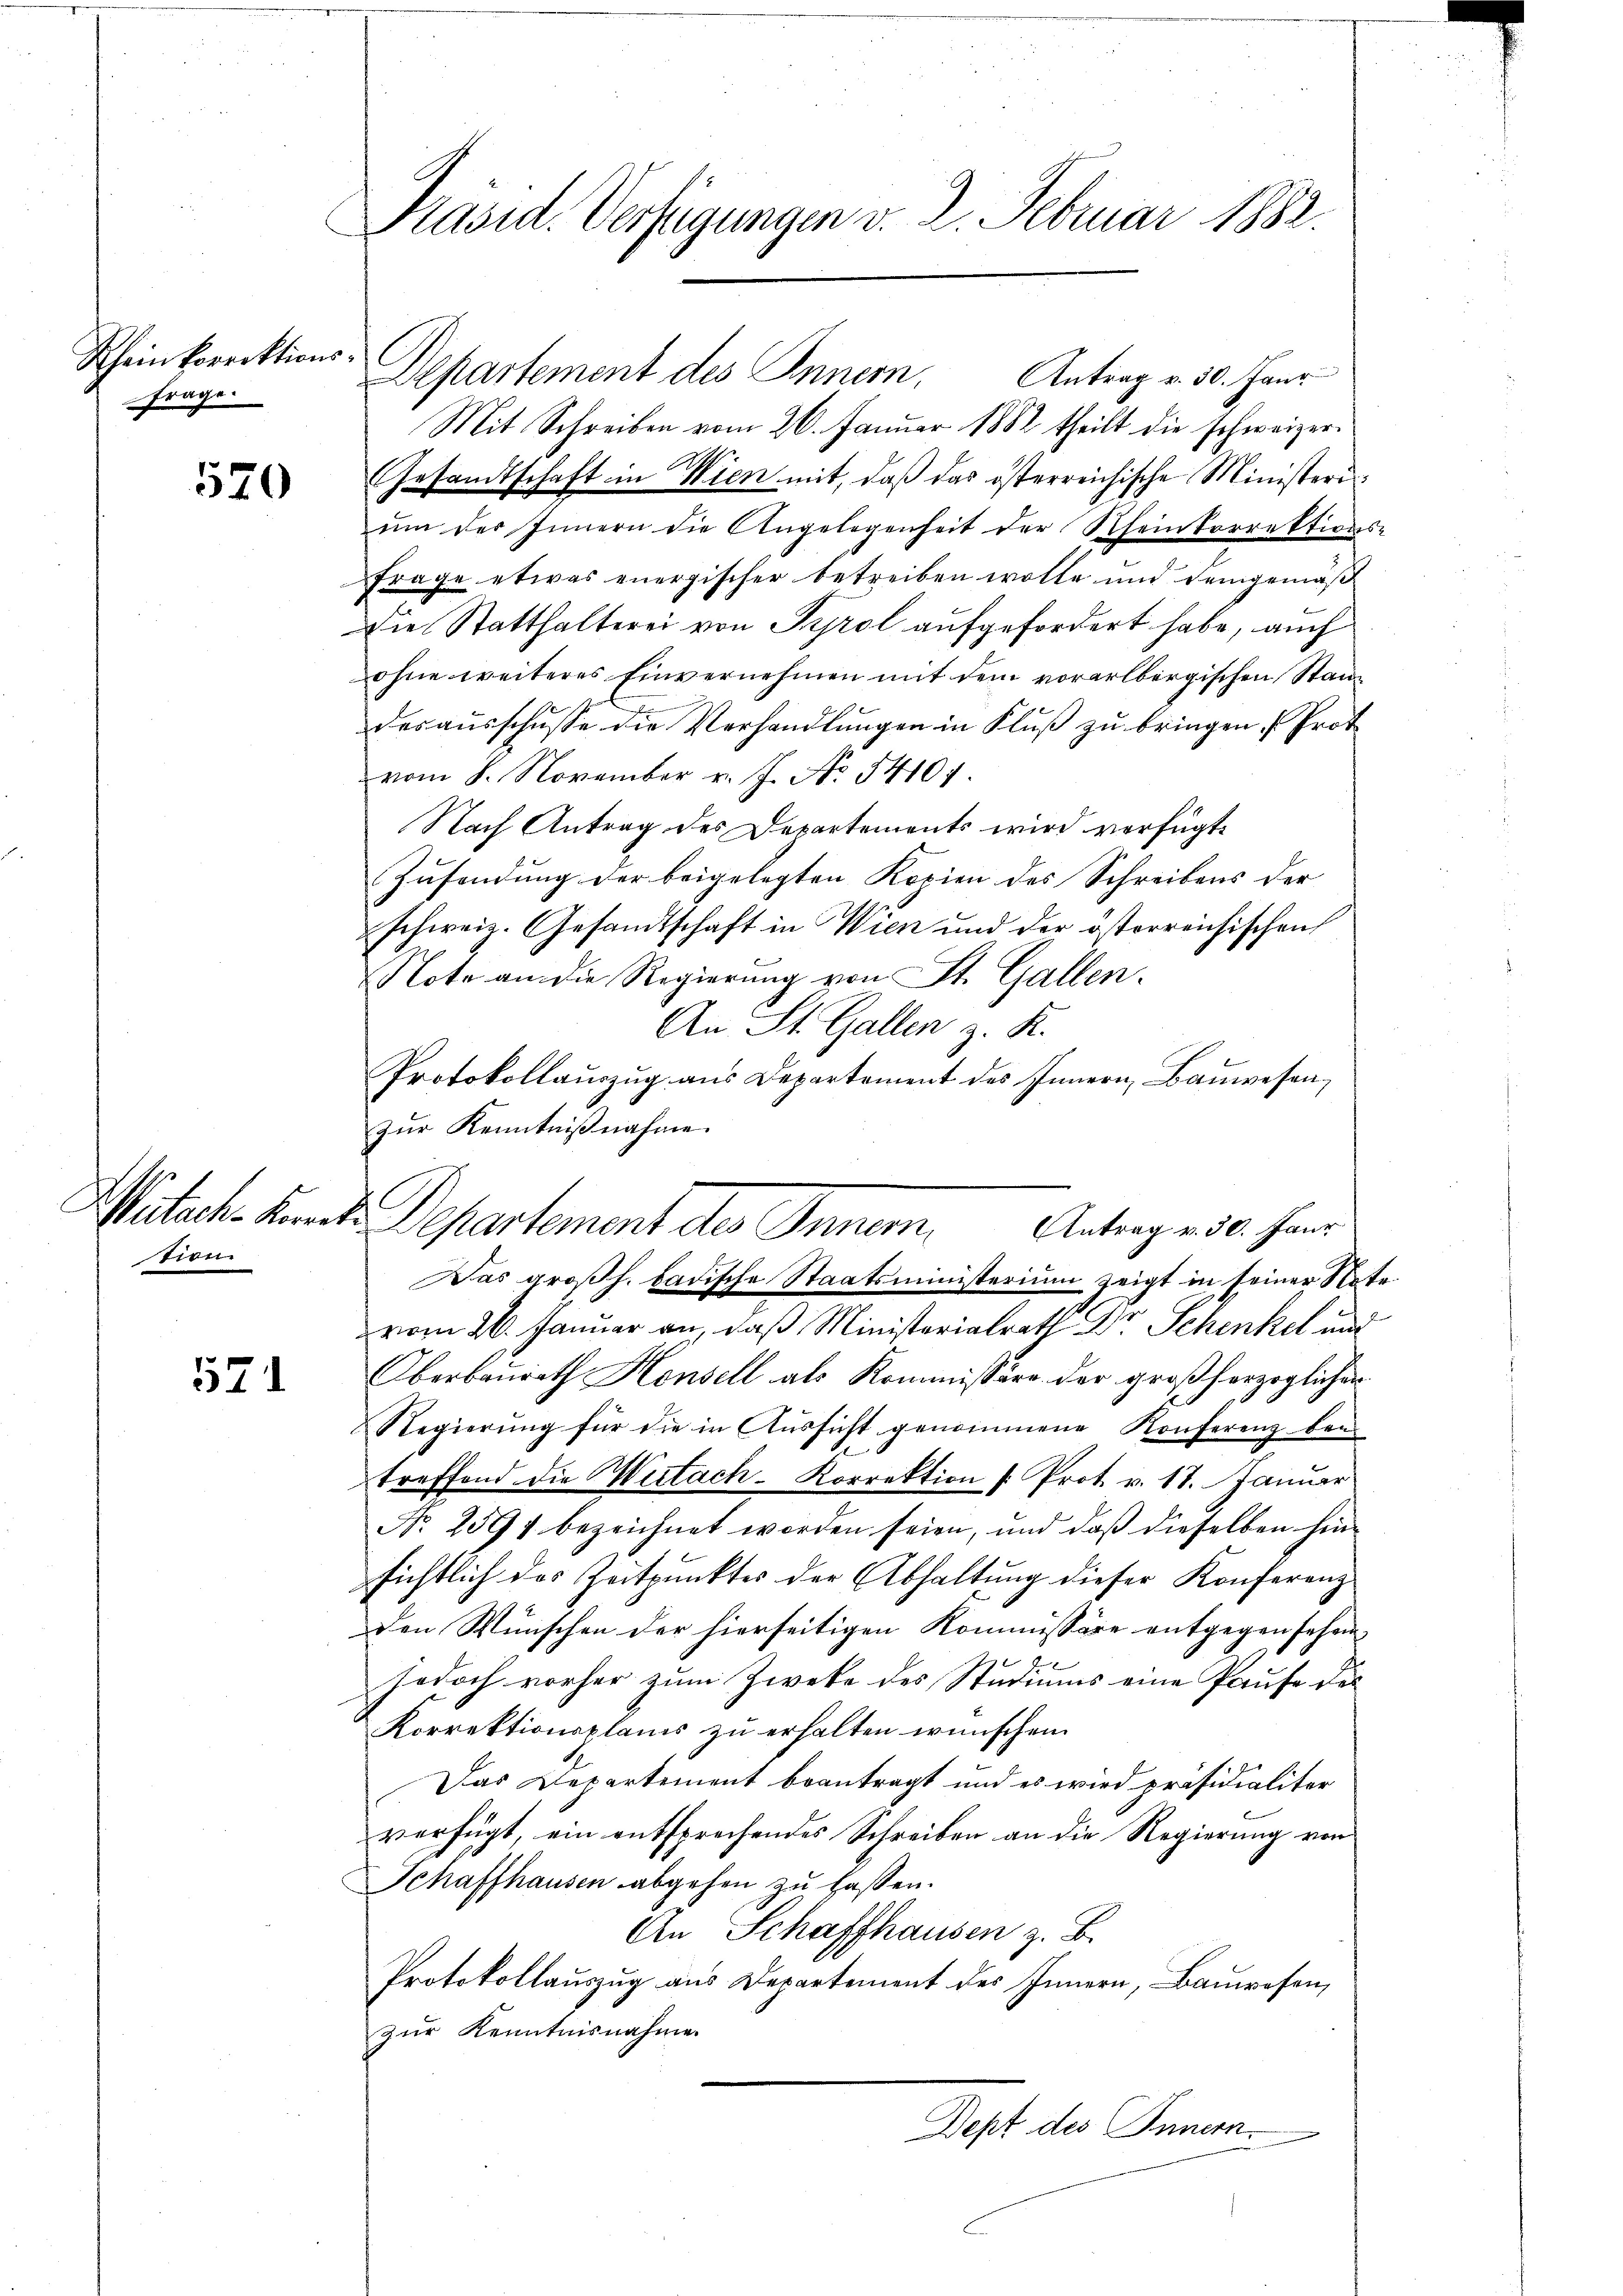
Rheinkorrektions-
frage.

520

zion

571

Präsid. Verfügungen v. 2. Februar 1882.

Mit Schreiben vom 26. Januar 1882 theilt die schweizer¬
Gesandtschaft in Wien mit, daß das österreichische Ministeri
ŭm des Innern die Angelegenheit der Rheinkorrektions-
Frage etwas energischer betreiben wolle und demgemäß
Die Statthalterei von Tyrol aufgefordert habe, auch
ohne weiteres Einvernehmen mit dem vorarlbergischen Standesausschusse die Verhandlungen in Fluß zu bringen Prot
vom 8. November v. J. No. 54107.
Nach Antrag des Departements wird verfügt:
Zusendung der beigelegten Kopien des Schreibens der
schweiz. Gesandtschaft in Wien und der österreichischen
Note an die Regierung von St. Gallen.
An St. Gallen z. K.
Protokollauszug aus Departement des Innern, Bauwesen,
zur Kenntnißnahme.
Das großh. badische Staatsministerium zeigt in seiner Note
vom 26. Januar an, daß Ministerialrath Dr Schenkel und
Oberbaurath Housell als Kommission der großherzoglichen
Regierŭng für die in Aŭssicht genommene Konferenz bei
treffend die Mutach-Korrektion f. Prot. v. 17. Januar
No. 2097 bezeichnet worden seien, und daß dieselben hinsichtlich das Zeitpunktes der Abhaltung dieser Konferenz
den Wunschen der hierseitigen Kommissäre entgegen sehen
jedoch vorher zum Zweke des Studiums eine Pause des
Korrektionsplanis zu erhalten wünschen.
Das Departement beantragt und es wird präsidialiter
verfügt, ein entsprechendes Schreiben an die Regierung von
Schaffhausen abgehen zu lassen.
An Schaffhausen z. B.
Protokollauszug aus Departement des Innern, Bauwesen,
zur Kenntnisnahme
Dept des Innern.

C

Departement des Inner. Antrag v. 30. Janr

Witach-Kerrat Departement des Innern, Antragen 30. Janr